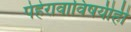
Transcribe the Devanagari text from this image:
पेहेरावाविषयीही